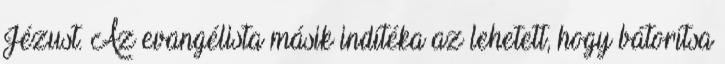
Jézust. Az evangélista másik indítéka az lehetett, hogy bátorítsa